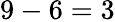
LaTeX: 9-6=3